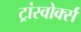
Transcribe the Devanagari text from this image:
ट्रांस्वोर्क्स